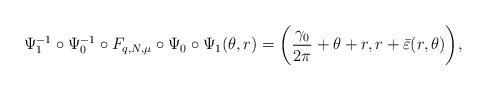
LaTeX: \begin{align*}\Psi_1^{-1}\circ \Psi_0^{-1}\circ F_{q,N,\mu}\circ \Psi_0 \circ \Psi_1(\theta,r)=\bigg(\frac{\gamma_0}{2\pi}+\theta+r,r+\bar\varepsilon(r,\theta)\bigg),\end{align*}